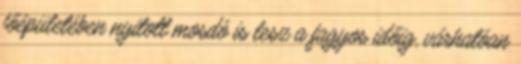
főépületében nyitott mosdó is lesz a fagyos időig, várhatóan